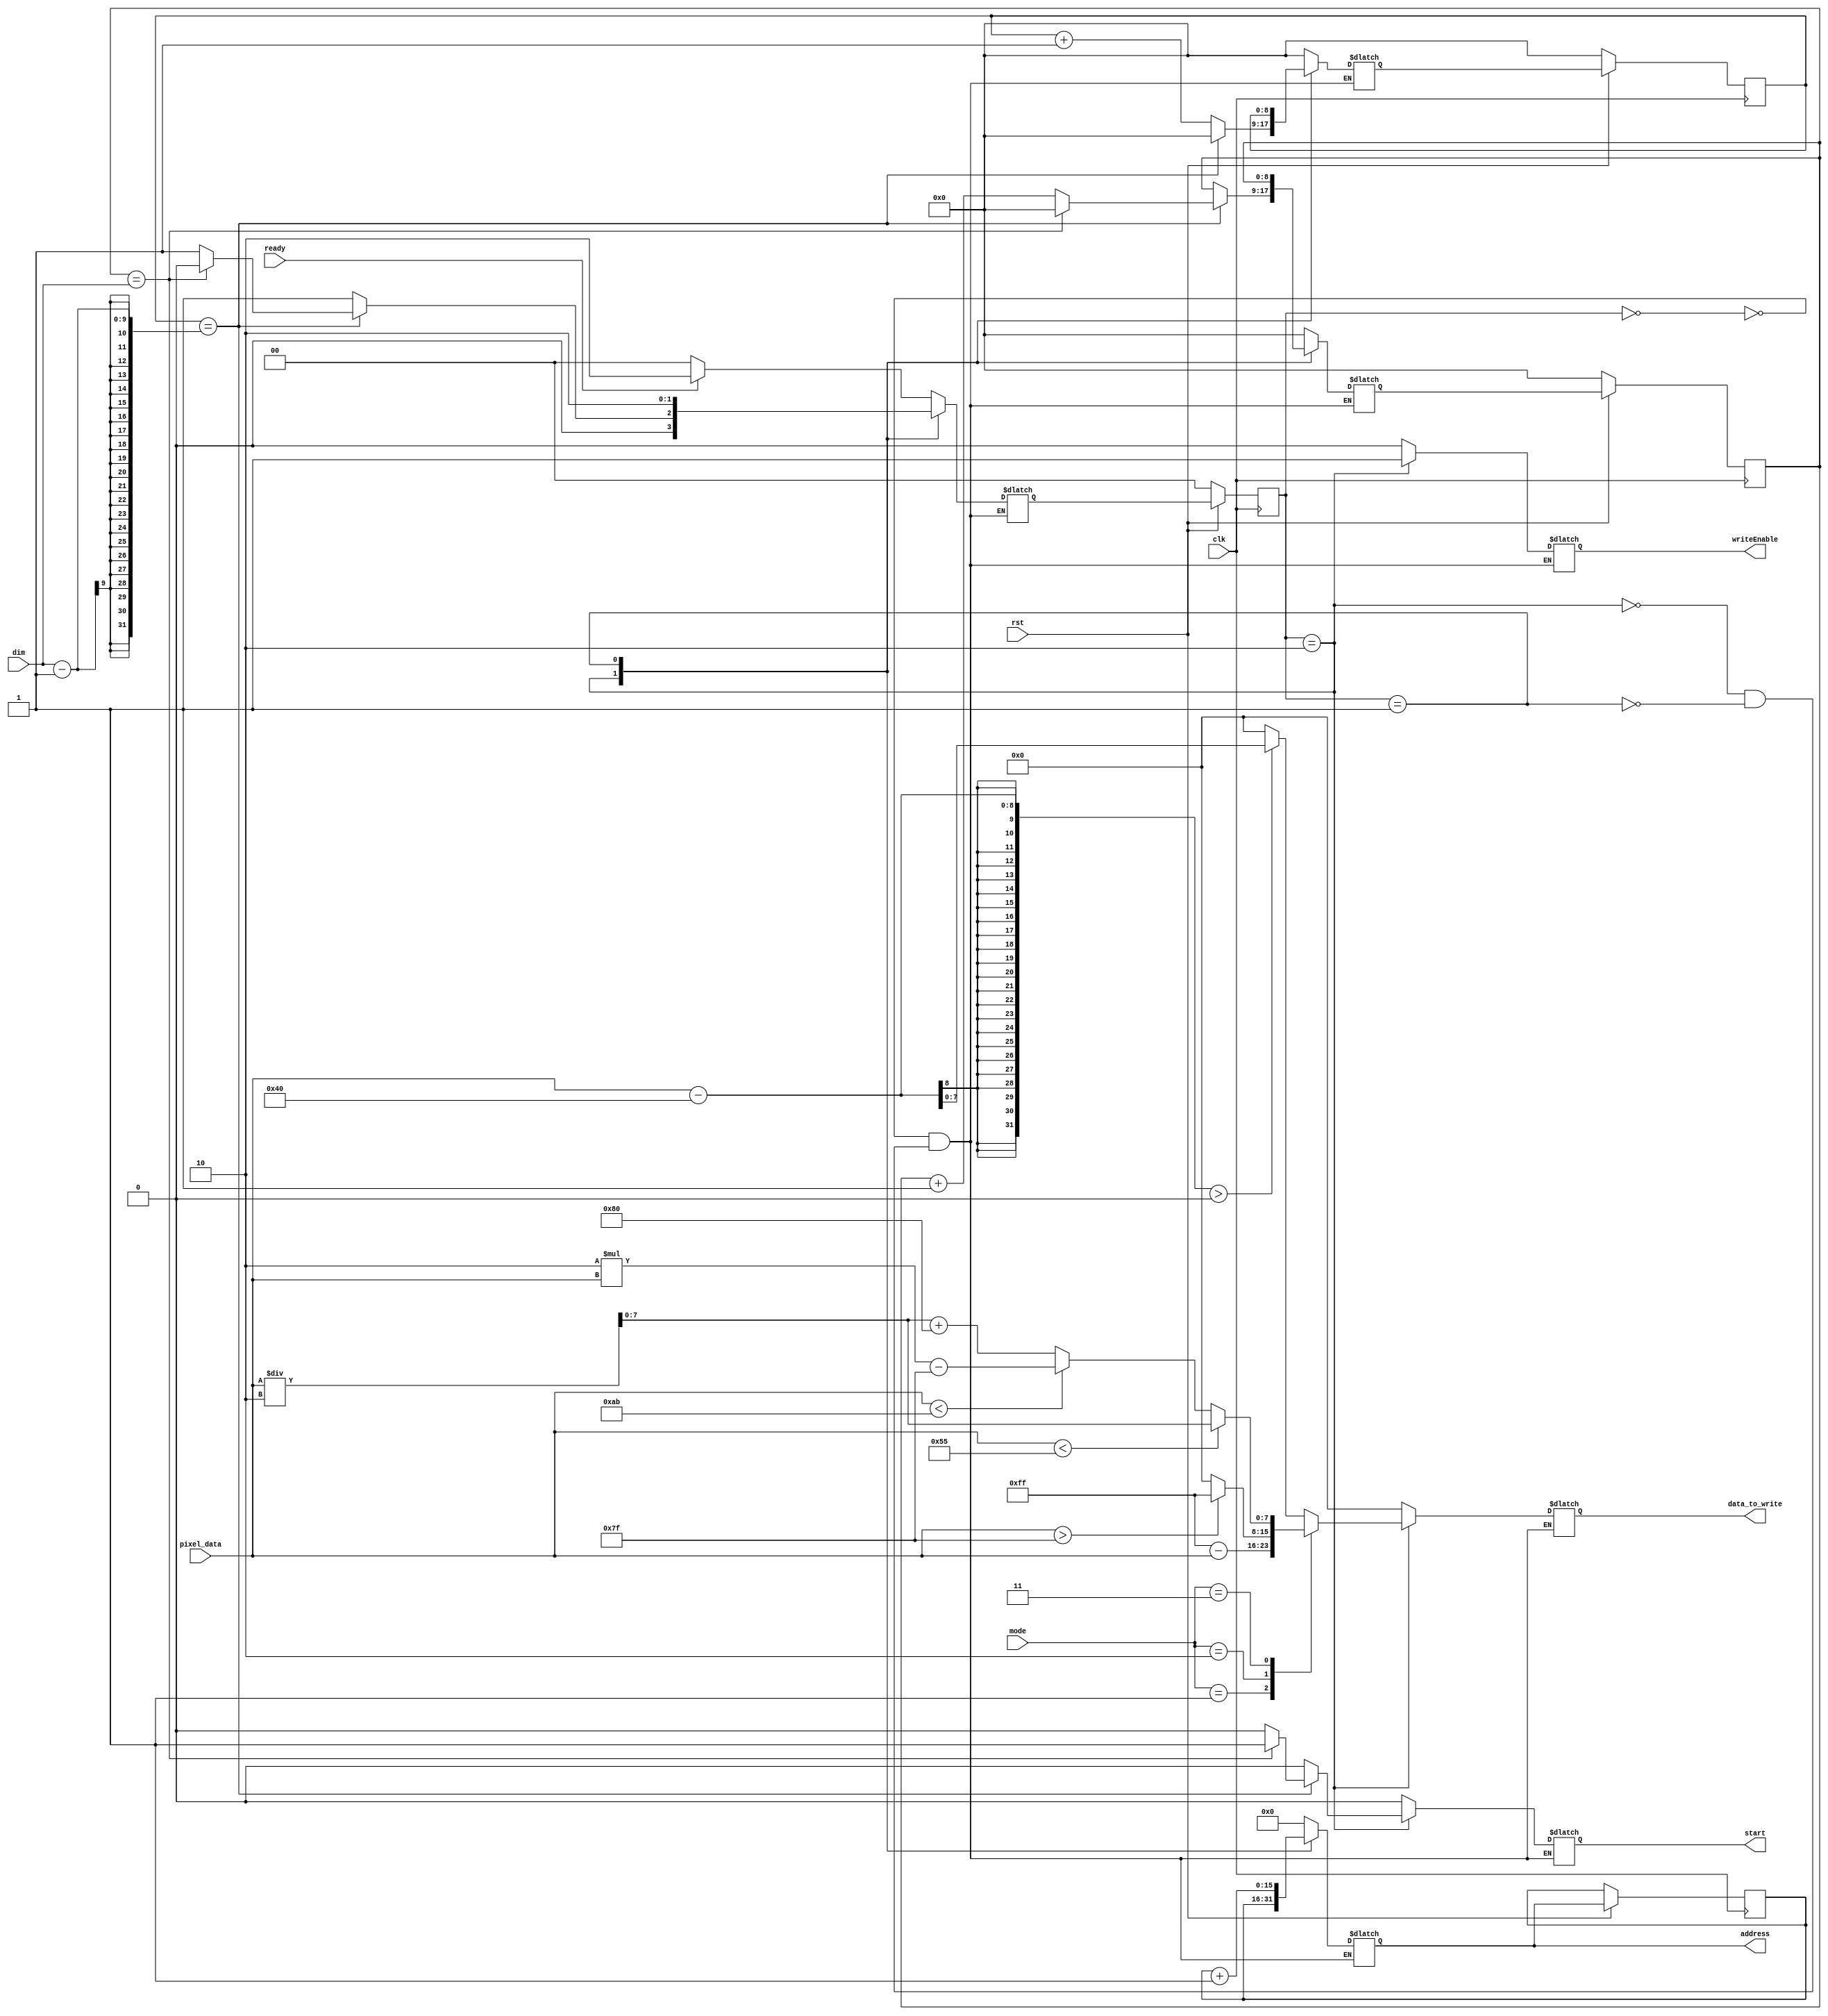
module fsm_controller(
    input clk, rst, ready,
    input [7:0] pixel_data,
    input [8:0] dim,
    input [1:0] mode,
    output reg writeEnable, start,
    output reg [15:0] address,
    output reg [7:0] data_to_write
);

localparam IDLE = 2'b00;
localparam READ = 2'b01;
localparam WRITE = 2'b10;

reg [1:0] state, next_state;
reg [8:0] col, col_next, row, row_next;
reg [15:0] address_next;

always @(*) begin
    case(state)
        IDLE: begin
            address = 0;
            writeEnable = 0;
            start = 0;
            row_next = 0;
            col_next = 0;
            data_to_write = 0;
            if(ready) begin
                next_state = WRITE;
            end else begin
                next_state = IDLE;
            end
        end
        WRITE: begin
            address = address_next;
            writeEnable = 1;
            data_to_write = processed(mode, pixel_data);
			if(row == dim-1) begin
				row_next = 0;
				if(col == dim) begin
					col_next = 0;
					next_state = IDLE;
					start     = 1'b1;
				end else begin
					next_state= READ;
					col_next = col + 1;
					start     = 1'b0;
				end
			end else begin
                col_next = col;
                row_next = row + 1;
				next_state= READ;
				start     = 1'b0;
			end
        end

        READ: begin
            writeEnable = 0;
            row_next = row ;
            col_next = col;
            next_state = WRITE;
            address = address_next + 1;
            data_to_write = 0;
            start = 0;
        end
    endcase
end

always @(posedge clk) begin
    if(!rst) begin
        state <= IDLE;
        row <= 0;
        col <= 0;
    end else begin
        state <= next_state;
        col <= col_next;
        row <= row_next;
        address_next <= address;
    end
end 

function [7:0] processed(input [1:0] op, input [7:0] pixel);
    begin
    case(op)
        2'b00: begin
            processed = ((pixel- 64) > 0 ) ? pixel- 64 : 0;
        end
        2'b01: begin
            processed = 255-pixel;
        end
        2'b10: begin
            processed = (pixel> 127) ? 255 : 0;
        end
        2'b11: begin
            if(pixel < 85) begin
                processed = pixel/2;
            end else if (pixel < 171) begin
                processed = (2*pixel) - 127;
            end else begin
                processed = (pixel/2) + 128;
            end
        end
    endcase
    end
    
endfunction
endmodule